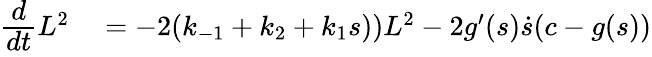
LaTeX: \begin{array}{rl}{\cfrac{d}{dt}L^{2}}&{{}=-2(k_{-1}+k_{2}+k_{1}s))L^{2}-2g^{\prime}(s)\dot{s}(c-g(s))}\end{array}